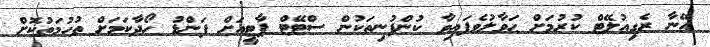
އޭނާ ރެގިއުލޭޓް ކުރުމަށް ޙަވާލުވެފައިވާ ކުންފުނިތަކުން ސްޓޭޓް ޕާޓީއަށް ފަންޑު ހޯދާކަމަށް ތުހުމަތުކޮށް